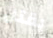
يقتل